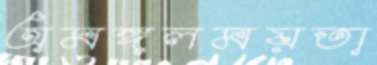
অমঙ্গলময়তা